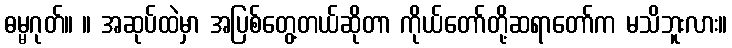
ဓမ္မဂုတ်။ ။ အဆုပ်ထဲမှာ အပြစ်တွေ့တယ်ဆိုတာ ကိုယ်တော်တို့ဆရာတော်က မသိဘူးလား။